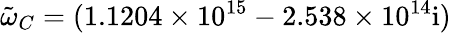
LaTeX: \tilde{\omega}_{C}=(1.1204\times 10^{15}-2.538\times 10^{14}\mathrm{{i})}